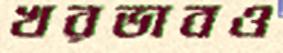
খরভাবও